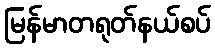
မြန်မာတရုတ်နယ်စပ်